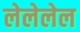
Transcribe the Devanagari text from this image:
लेलेलेल